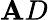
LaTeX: \mathbf{A}D